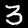
Label: 3